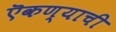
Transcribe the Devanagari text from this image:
ऎकण्याची